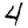
Digit: 4